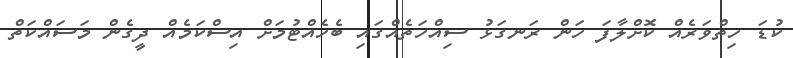
ކުޑަ ހިތްވަރެއް ކޮށްލާފަ ހަން ރަނގަޅު ސިއްހަތެއްގައި ބެހެއްޓުމަށް އިސްކަމެއް ދީގެން މަސައްކަތް